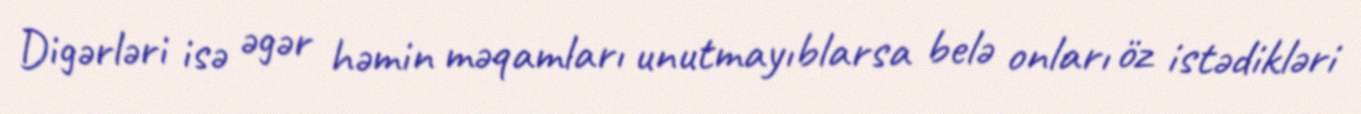
Digərləri isə əgər həmin məqamları unutmayıblarsa belə onları öz istədikləri